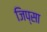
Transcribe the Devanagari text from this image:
जिप्सा